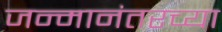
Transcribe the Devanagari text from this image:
जन्मानंतरच्या